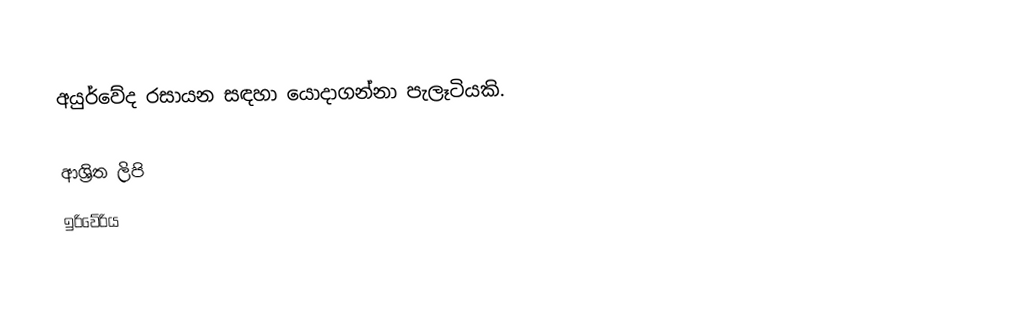
අයුර්වේද රසායන සඳහා යොදාගන්නා පැලෑටියකි.

ආශ්‍රිත ලිපි
 ඉරිවේරිය